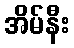
အိမ်နီး